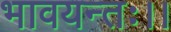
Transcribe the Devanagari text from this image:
भावयन्तः।।